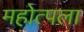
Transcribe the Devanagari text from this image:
महोत्पला